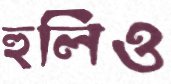
হুলিও